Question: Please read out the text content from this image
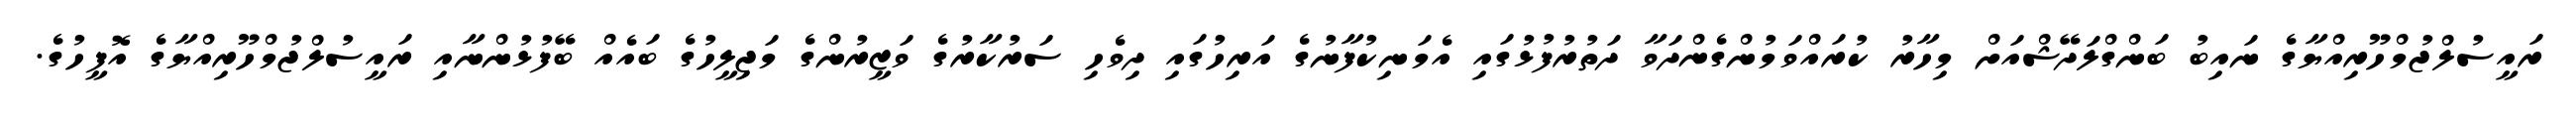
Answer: ރައީސުލްޖުމްހޫރިއްޔާގެ ނައިބު ބަންގްލަދޭޝްއަށް މިހާރު ކުރައްވަމުންގެންދަވާ ދަތުރުފުޅުގައި އެމަނިކުފާނުގެ އަރިހުގައި ދިވެހި ސަރުކާރުގެ ވަޒީރުންގެ މަޖިލީހުގެ ބައެއް ބޭފުޅުންނާއި ރައީސުލްޖުމްހޫރިއްޔާގެ އޮފީހުގެ.